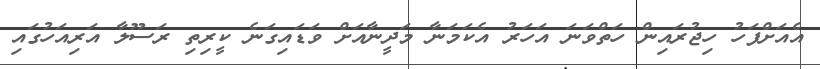
އެއަށްފަހު ހިޖުރައިން ހަތްވަނަ އަހަރު އެކަމަނާ މަދީނާއަށް ވަޑައިގަނެ ކީރިތި ރަސޫލާ އަރިއަހުގައި